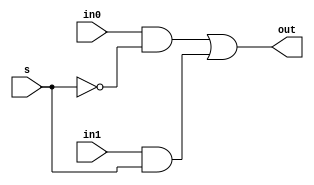
//2x1 MUX Module
module mux2x1(out, in0,in1,s);
	//declaring ports
    input in0, in1,s;
    output out ;
    wire orIn0 ,orIn1;

	//mux circuit
    and (orIn0,in0,!s);
    and (orIn1,in1,s);
    or (out , orIn0,orIn1);
	
endmodule


// function for LEFT SHIFT operation
module LOgical_SHIFT(data , shift_amount , OutPut,direction);

	//Declaration of input and output ports
    input [7:0] data ,shift_amount ;
    input direction;       // 0 for left shift, 1 for right shift
    output [7:0] OutPut;
    
	//Intermediate connections between MUX layers 
    wire [7:0] lOut [2:0];     // three 8 bit wires
    wire s[7:0];


    // MUX Level 1
    mux2x1 mux00(lOut[0][0], data[0], (direction ? data[1] : 1'b0), shift_amount[0]);
    mux2x1 mux01(lOut[0][1], data[1], (direction ? data[2] : data[0]), shift_amount[0]);
    mux2x1 mux02(lOut[0][2], data[2], (direction ? data[3] : data[1]), shift_amount[0]);
    mux2x1 mux03(lOut[0][3], data[3], (direction ? data[4] : data[2]), shift_amount[0]);
    mux2x1 mux04(lOut[0][4], data[4], (direction ? data[5] : data[3]), shift_amount[0]);
    mux2x1 mux05(lOut[0][5], data[5], (direction ? data[6] : data[4]), shift_amount[0]);
    mux2x1 mux06(lOut[0][6], data[6], (direction ? data[7] : data[5]), shift_amount[0]);
    mux2x1 mux07(lOut[0][7], data[7], (direction ? 1'b0 : data[6]), shift_amount[0]);
  
	// MUX Level 2
    mux2x1 mux10(lOut[1][0], lOut[0][0], (direction ? lOut[0][2] : 1'b0), shift_amount[1]);    
    mux2x1 mux11(lOut[1][1], lOut[0][1], (direction ? lOut[0][3] : 1'b0), shift_amount[1]);
    mux2x1 mux12(lOut[1][2], lOut[0][2], (direction ? lOut[0][4] : lOut[0][0]), shift_amount[1]);
    mux2x1 mux13(lOut[1][3], lOut[0][3], (direction ? lOut[0][5] : lOut[0][1]), shift_amount[1]);
    mux2x1 mux14(lOut[1][4], lOut[0][4], (direction ? lOut[0][6] : lOut[0][2]), shift_amount[1]);
    mux2x1 mux15(lOut[1][5], lOut[0][5], (direction ? lOut[0][7] : lOut[0][3]), shift_amount[1]);
    mux2x1 mux16(lOut[1][6], lOut[0][6], (direction ? 1'b0 : lOut[0][4]), shift_amount[1]);
    mux2x1 mux17(lOut[1][7], lOut[0][7], (direction ? 1'b0 : lOut[0][5]), shift_amount[1]);

    // MUX Level 3
    mux2x1 mux20(lOut[2][0], lOut[1][0], (direction ? lOut[1][4] : 1'b0), shift_amount[2]);    
    mux2x1 mux21(lOut[2][1], lOut[1][1], (direction ? lOut[1][5] : 1'b0), shift_amount[2]);
    mux2x1 mux22(lOut[2][2], lOut[1][2], (direction ? lOut[1][6] : 1'b0), shift_amount[2]);
    mux2x1 mux23(lOut[2][3], lOut[1][3], (direction ? lOut[1][7] : 1'b0), shift_amount[2]);
    mux2x1 mux24(lOut[2][4], lOut[1][4], (direction ? 1'b0 : lOut[1][0]), shift_amount[2]);
    mux2x1 mux25(lOut[2][5], lOut[1][5], (direction ? 1'b0 : lOut[1][1]), shift_amount[2]);
    mux2x1 mux26(lOut[2][6], lOut[1][6], (direction ? 1'b0 : lOut[1][2]), shift_amount[2]);
    mux2x1 mux27(lOut[2][7], lOut[1][7], (direction ? 1'b0 : lOut[1][3]), shift_amount[2]);

	//Assigning final output after 2 time unit delay
	//If shift amount is 0x08 output is all zeros
    assign #2 OutPut= (shift_amount==8'd8)? 8'b00000000:lOut[2];
	
endmodule


module Arithmetic_Shift_Right(data, shift_amount, result);

    // Input and output declarations
    input [7:0] data;
    input [7:0] shift_amount;
    output [7:0] result;

    // Intermediate wires for connecting MUX layers
    wire [7:0] lOut [2:0];

    // Sign bit replication (for arithmetic shift)
    wire sign = data[7];

    // MUX Level 1
    mux2x1 mux0(lOut[0][0], data[0], data[1], shift_amount[0]);
    mux2x1 mux1(lOut[0][1], data[1], data[2], shift_amount[0]);
    mux2x1 mux2(lOut[0][2], data[2], data[3], shift_amount[0]);
    mux2x1 mux3(lOut[0][3], data[3], data[4], shift_amount[0]);
    mux2x1 mux4(lOut[0][4], data[4], data[5], shift_amount[0]);
    mux2x1 mux5(lOut[0][5], data[5], data[6], shift_amount[0]);
    mux2x1 mux6(lOut[0][6], data[6], data[7], shift_amount[0]);
    mux2x1 mux7(lOut[0][7], data[7], sign, shift_amount[0]);

    // MUX Level 2
    mux2x1 mux8(lOut[1][0], lOut[0][0], lOut[0][2], shift_amount[1]);
    mux2x1 mux9(lOut[1][1], lOut[0][1], lOut[0][3], shift_amount[1]);
    mux2x1 mux10(lOut[1][2], lOut[0][2], lOut[0][4], shift_amount[1]);
    mux2x1 mux11(lOut[1][3], lOut[0][3], lOut[0][5], shift_amount[1]);
    mux2x1 mux12(lOut[1][4], lOut[0][4], lOut[0][6], shift_amount[1]);
    mux2x1 mux13(lOut[1][5], lOut[0][5], lOut[0][7], shift_amount[1]);
    mux2x1 mux14(lOut[1][6], lOut[0][6], sign, shift_amount[1]);
    mux2x1 mux15(lOut[1][7], lOut[0][7], sign, shift_amount[1]);

    // MUX Level 3
    mux2x1 mux16(lOut[2][0], lOut[1][0], lOut[1][4], shift_amount[2]);
    mux2x1 mux17(lOut[2][1], lOut[1][1], lOut[1][5], shift_amount[2]);
    mux2x1 mux18(lOut[2][2], lOut[1][2], lOut[1][6], shift_amount[2]);
    mux2x1 mux19(lOut[2][3], lOut[1][3], lOut[1][7], shift_amount[2]);
    mux2x1 mux20(lOut[2][4], lOut[1][4], sign, shift_amount[2]);
    mux2x1 mux21(lOut[2][5], lOut[1][5], sign, shift_amount[2]);
    mux2x1 mux22(lOut[2][6], lOut[1][6], sign, shift_amount[2]);
    mux2x1 mux23(lOut[2][7], lOut[1][7], sign, shift_amount[2]);

    // Assign the final result with a 2 time unit delay
    assign #2 result = lOut[2];

endmodule


module right_rotate(data, shift_amount, result);

    // Input and output declarations
    input [7:0] data;
    input [7:0] shift_amount;
    output [7:0] result;

    // Intermediate wires for connecting MUX layers
    wire [7:0] lOut [2:0];

    // MUX Level 1
    mux2x1 mux0(lOut[0][0], data[0], data[1], shift_amount[0]);
    mux2x1 mux1(lOut[0][1], data[1], data[2], shift_amount[0]);
    mux2x1 mux2(lOut[0][2], data[2], data[3], shift_amount[0]);
    mux2x1 mux3(lOut[0][3], data[3], data[4], shift_amount[0]);
    mux2x1 mux4(lOut[0][4], data[4], data[5], shift_amount[0]);
    mux2x1 mux5(lOut[0][5], data[5], data[6], shift_amount[0]);
    mux2x1 mux6(lOut[0][6], data[6], data[7], shift_amount[0]);
    mux2x1 mux7(lOut[0][7], data[7], data[0], shift_amount[0]);

    // MUX Level 2
    mux2x1 mux8(lOut[1][0], lOut[0][0], lOut[0][2], shift_amount[1]);
    mux2x1 mux9(lOut[1][1], lOut[0][1], lOut[0][3], shift_amount[1]);
    mux2x1 mux10(lOut[1][2], lOut[0][2], lOut[0][4], shift_amount[1]);
    mux2x1 mux11(lOut[1][3], lOut[0][3], lOut[0][5], shift_amount[1]);
    mux2x1 mux12(lOut[1][4], lOut[0][4], lOut[0][6], shift_amount[1]);
    mux2x1 mux13(lOut[1][5], lOut[0][5], lOut[0][7], shift_amount[1]);
    mux2x1 mux14(lOut[1][6], lOut[0][6], lOut[0][0], shift_amount[1]);
    mux2x1 mux15(lOut[1][7], lOut[0][7], lOut[0][1], shift_amount[1]);

    // MUX Level 3
    mux2x1 mux16(lOut[2][0], lOut[1][0], lOut[1][4], shift_amount[2]);
    mux2x1 mux17(lOut[2][1], lOut[1][1], lOut[1][5], shift_amount[2]);
    mux2x1 mux18(lOut[2][2], lOut[1][2], lOut[1][6], shift_amount[2]);
    mux2x1 mux19(lOut[2][3], lOut[1][3], lOut[1][7], shift_amount[2]);
    mux2x1 mux20(lOut[2][4], lOut[1][4], lOut[1][0], shift_amount[2]);
    mux2x1 mux21(lOut[2][5], lOut[1][5], lOut[1][1], shift_amount[2]);
    mux2x1 mux22(lOut[2][6], lOut[1][6], lOut[1][2], shift_amount[2]);
    mux2x1 mux23(lOut[2][7], lOut[1][7], lOut[1][3], shift_amount[2]);

    // Assign the final result with a 2 time unit delay
    assign #2 result = lOut[2];

endmodule